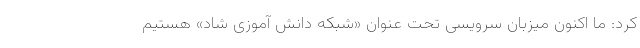
کرد: ما اکنون میزبان سرویسی تحت عنوان «شبکه دانش آموزی شاد» هستیم